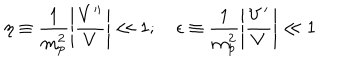
LaTeX: \eta \equiv \frac { 1 } { m _ { p } ^ { 2 } } \left| \frac { V ^ { \prime \prime } } { V } \right| \ll 1 ; ~ \epsilon \equiv \frac { 1 } { m _ { p } ^ { 2 } } \left| \frac { V ^ { \prime } } { V } \right| \ll 1